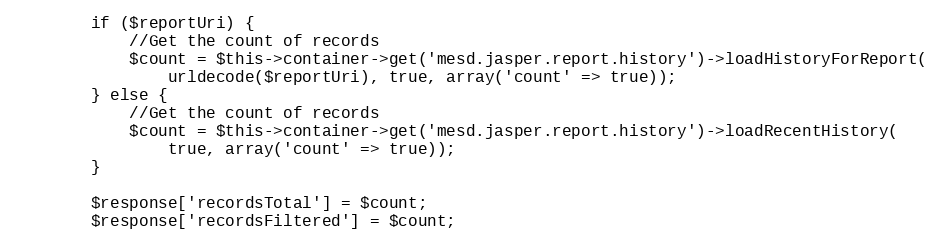
Language: PHP
        if ($reportUri) {
            //Get the count of records
            $count = $this->container->get('mesd.jasper.report.history')->loadHistoryForReport(
                urldecode($reportUri), true, array('count' => true));
        } else {
            //Get the count of records
            $count = $this->container->get('mesd.jasper.report.history')->loadRecentHistory(
                true, array('count' => true));
        }

        $response['recordsTotal'] = $count;
        $response['recordsFiltered'] = $count;